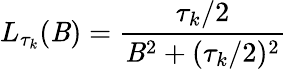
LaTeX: L_{\tau_{k}}(\mathit{B})=\frac{{\tau_{k}/2}}{{\mathit{B}^{2}+(\tau_{k}/2)^{2}}}